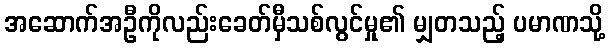
အဆောက်အဦကိုလည်းခေတ်မှီသစ်လွင်မှု၏ မျှတသည့် ပမာဏသို့